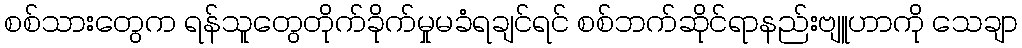
စစ်သားတွေက ရန်သူတွေတိုက်ခိုက်မှုမခံရချင်ရင် စစ်ဘက်ဆိုင်ရာနည်းဗျူဟာကို သေချာ